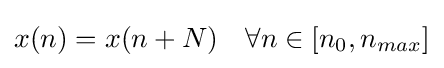
x(n)=x(n+N)\quad \forall n\in [n_{0},n_{max}]